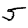
Digit: 5